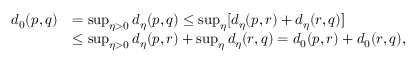
\begin{array} { r l } { d _ { 0 } ( p , q ) } & { = \operatorname* { s u p } _ { \eta > 0 } d _ { \eta } ( p , q ) \leq \operatorname* { s u p } _ { \eta } [ d _ { \eta } ( p , r ) + d _ { \eta } ( r , q ) ] } \\ & { \leq \operatorname* { s u p } _ { \eta > 0 } d _ { \eta } ( p , r ) + \operatorname* { s u p } _ { \eta } d _ { \eta } ( r , q ) = d _ { 0 } ( p , r ) + d _ { 0 } ( r , q ) , } \end{array}